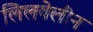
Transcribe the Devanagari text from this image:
लिलवेलीन